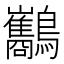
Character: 𪈥